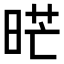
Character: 𭦇